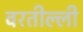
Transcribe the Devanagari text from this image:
वरतील्ली